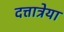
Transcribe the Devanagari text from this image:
दत्तात्रेया